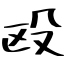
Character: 殴